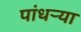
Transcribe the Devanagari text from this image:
पांधर्‍या